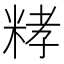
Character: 𥺄